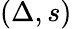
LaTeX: (\Delta,s)